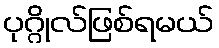
ပုဂ္ဂိုလ်ဖြစ်ရမယ်